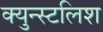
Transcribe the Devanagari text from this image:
क्युन्स्टलिश